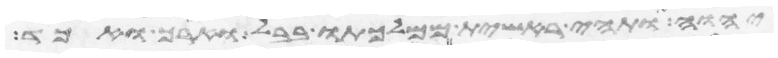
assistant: יהוה ותהי ראשית ממלכתו בבל וארך ואכד